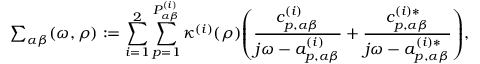
{ \textstyle \sum _ { { \alpha \beta } } } ( \omega , \rho ) : = \sum _ { i = 1 } ^ { 2 } \sum _ { p = 1 } ^ { P _ { \alpha \beta } ^ { ( i ) } } \kappa ^ { ( i ) } ( \rho ) \! \left( \frac { c _ { p , \alpha \beta } ^ { ( i ) } } { j \omega - a _ { p , \alpha \beta } ^ { ( i ) } } + \frac { c _ { p , \alpha \beta } ^ { ( i ) * } } { j \omega - a _ { p , \alpha \beta } ^ { ( i ) * } } \right) \! , \medskip